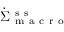
\dot { \Sigma } _ { \mathrm { ~ m ~ a ~ c ~ r ~ o ~ } } ^ { \mathrm { ~ s ~ s ~ } }